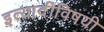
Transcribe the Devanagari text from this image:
इत्यादीविषयी